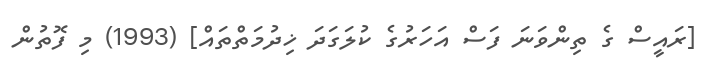
[ރައީސް ގެ ތިންވަނަ ފަސް އަހަރުގެ ކުލަގަދަ ޚިދުމަތްތައް] (1993) މި ފޮތުން